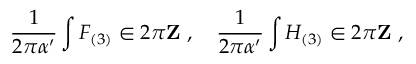
\frac { 1 } { 2 \pi \alpha ^ { \prime } } \int F _ { ( 3 ) } \in 2 \pi { \bf Z } \ , \quad \frac { 1 } { 2 \pi \alpha ^ { \prime } } \int H _ { ( 3 ) } \in 2 \pi { \bf Z } \ ,